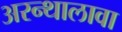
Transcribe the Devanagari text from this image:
अरन्थालावा